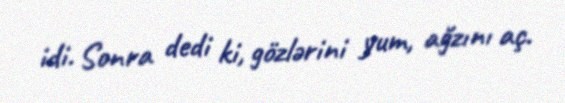
idi. Sonra dedi ki, gözlərini yum, ağzını aç.